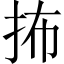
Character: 抪